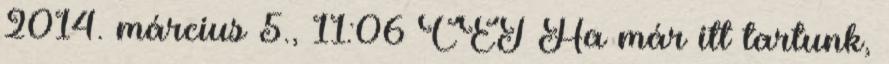
2014. március 5., 11:06 CET Ha már itt tartunk,